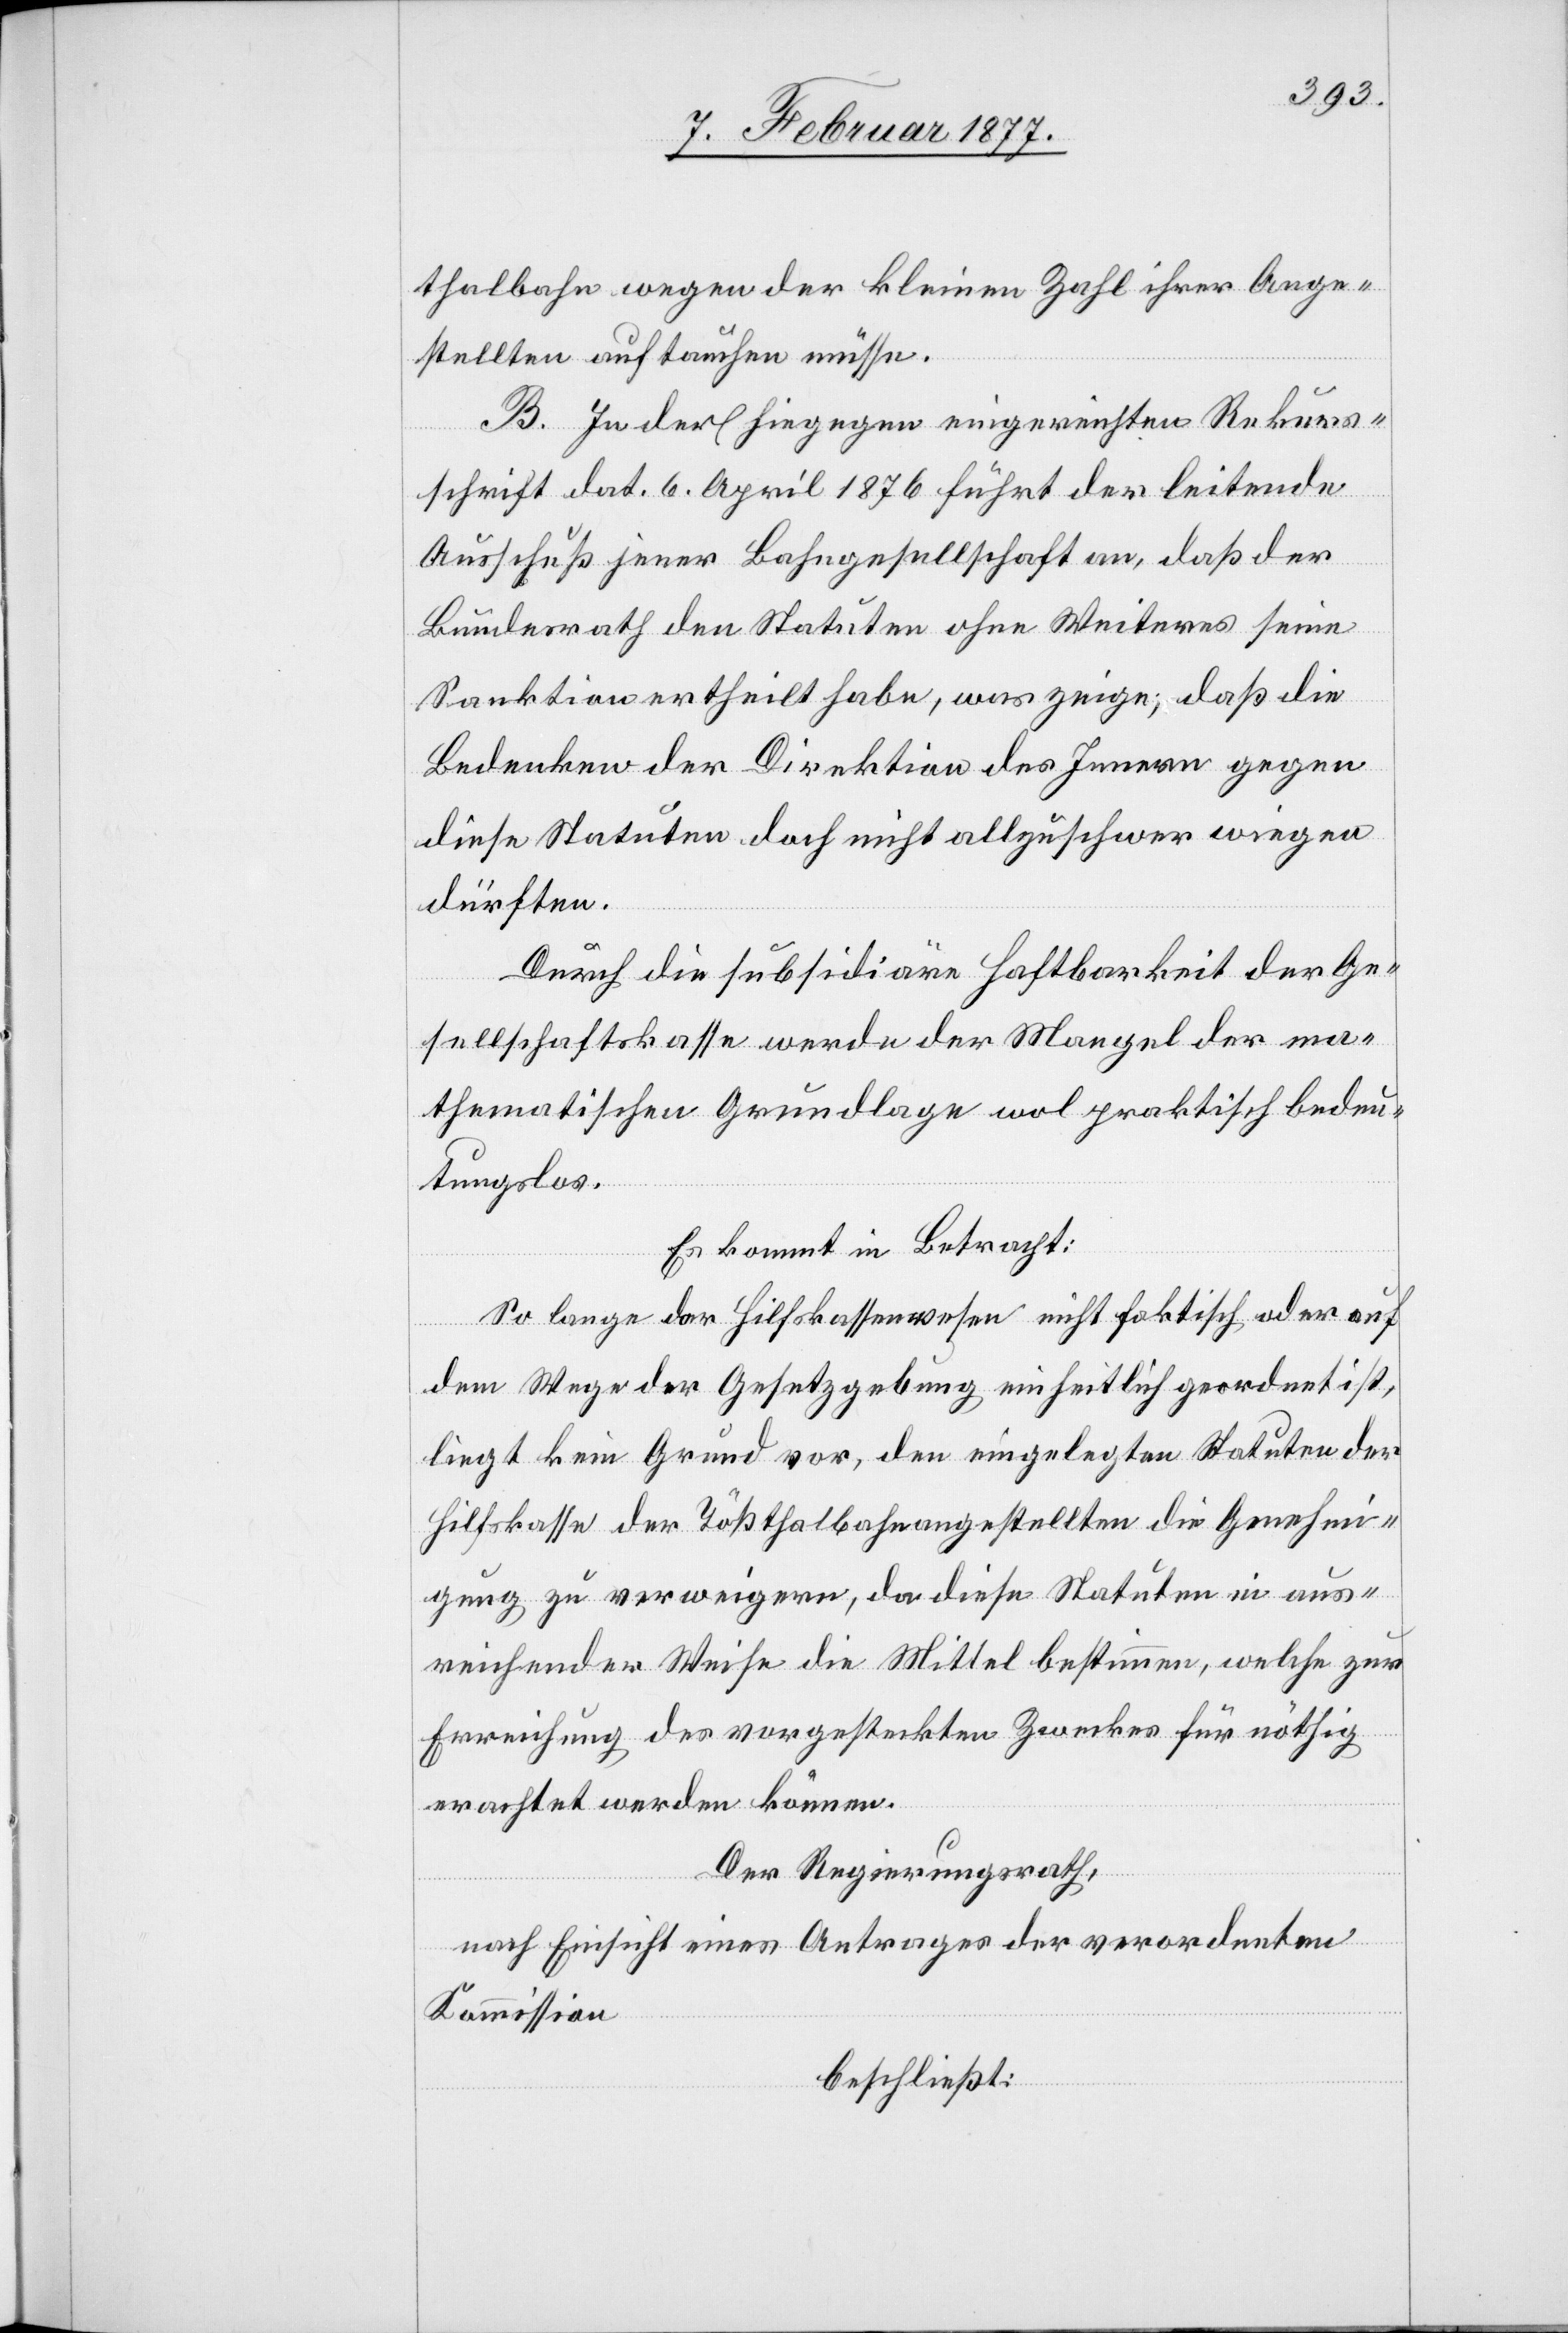
thalbahn wegen der kleinen Zahl ihrer Ange¬
stellten auftauchen müsse.
B. In der hiegegen eingereichten Rekurs¬
schrift dat. 6. April 1876 führt der leitende
Ausschuß jener Bahngesellschaft an, daß der
Bundesrath den Statuten ohne Weiteres seine
Sanktion ertheilt habe, was zeige, daß die
Bedenken der Direktion des Innern gegen
diese Statuten doch nicht allzuschwer wiegen
dürften.
Durch die subsidiäre Haftbarkeit der Ge¬
sellschaftskasse werde der Mangel der ma¬
thematischen Grundlage wol praktisch bedeu¬
tungslos.
Es kommt in Betracht:
So lange dar [sic!] Hilfskassenwesen nicht faktisch oder auf
dem Wege der Gesetzgebung einheitlich geordnet ist,
liegt kein Grund vor, den eingelegten Statuten der
Hilfskasse der Tößthalbahnangestellten die Genehmi¬
gung zu verweigern, da diese Statuten in aus¬
reichender Weise die Mittel bestimmen, welche zur
Errichtung des vorgesteckten Zweckes für nöthig
erachtet werden können.
Der Regierungsrath,
nach Einsicht eines Antrages der verordneten
Kommission,
beschließt: